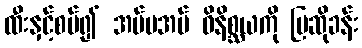
ထီးနှင့်စပ်၍ အပ်မအပ် ဝိနိစ္ဆယကို ပြဆိုခန်း